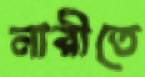
নারীতে